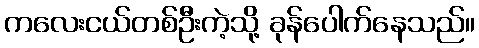
ကလေးငယ်တစ်ဦးကဲ့သို့ ခုန်ပေါက်နေသည်။